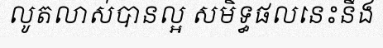
លូតលាស់បានល្អ សមិទ្ធផលនេះនឹង